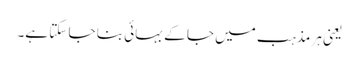
یعنی ہر مذہب میں جا کے بہائی بنا جا سکتا ہے۔